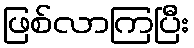
ဖြစ်လာကြပြီး